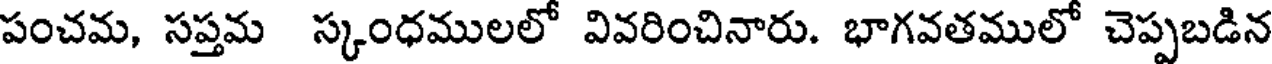
పంచమ, సప్తమ స్కంధములలో వివరించినారు. భాగవతములో చెప్పబడిన